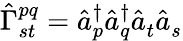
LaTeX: {\hat{\Gamma}}_{st}^{pq}={\hat{a}}_{p}^{\dagger}{\hat{a}}_{q}^{\dagger}{\hat{a}}_{t}^{}{\hat{a}}_{s}^{}